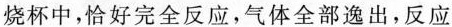
烧杯中，恰好完全反应，气体全部逸出，反应